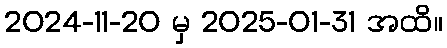
2024-11-20 မှ 2025-01-31 အထိ။